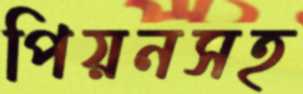
পিয়নসহ